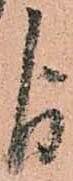
よ